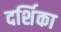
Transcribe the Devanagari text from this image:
दर्शिका